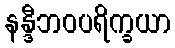
နန္ဒီဘဝပရိက္ခယာ